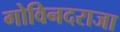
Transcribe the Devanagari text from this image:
गोविनदराजा